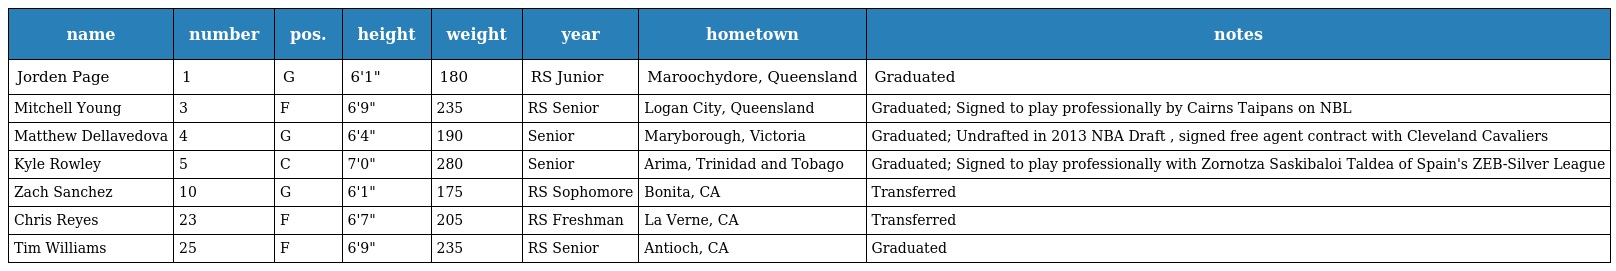
| name | number | pos. | height | weight | year | hometown | notes |
 | --- | --- | --- | --- | --- | --- | --- | --- |
 | Jorden Page | 1 | G | 6'1" | 180 | RS Junior | Maroochydore, Queensland | Graduated |
 | Mitchell Young | 3 | F | 6'9" | 235 | RS Senior | Logan City, Queensland | Graduated; Signed to play professionally by Cairns Taipans on NBL |
 | Matthew Dellavedova | 4 | G | 6'4" | 190 | Senior | Maryborough, Victoria | Graduated; Undrafted in 2013 NBA Draft , signed free agent contract with Cleveland Cavaliers |
 | Kyle Rowley | 5 | C | 7'0" | 280 | Senior | Arima, Trinidad and Tobago | Graduated; Signed to play professionally with Zornotza Saskibaloi Taldea of Spain's ZEB-Silver League |
 | Zach Sanchez | 10 | G | 6'1" | 175 | RS Sophomore | Bonita, CA | Transferred |
 | Chris Reyes | 23 | F | 6'7" | 205 | RS Freshman | La Verne, CA | Transferred |
 | Tim Williams | 25 | F | 6'9" | 235 | RS Senior | Antioch, CA | Graduated |